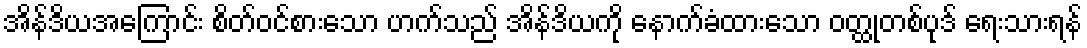
အိန်ဒိယအကြောင်း စိတ်ဝင်စားသော ဟက်သည် အိန်ဒိယကို နောက်ခံထားသော ဝတ္ထုတစ်ပုဒ် ရေးသားရန်